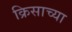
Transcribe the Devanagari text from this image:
क्रिसाच्या